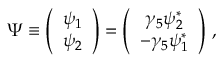
\Psi \equiv \left( \begin{array} { c } { { \psi _ { 1 } } } \\ { { \psi _ { 2 } } } \end{array} \right) = \left( \begin{array} { c } { { \gamma _ { 5 } \psi _ { 2 } ^ { * } } } \\ { { - \gamma _ { 5 } \psi _ { 1 } ^ { * } } } \end{array} \right) \, ,